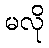
မလို